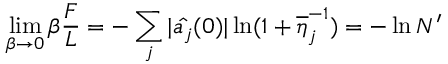
\operatorname * { l i m } _ { \beta \rightarrow 0 } \beta \frac { F } { L } = - \sum _ { j } | \hat { a _ { j } } ( 0 ) | \ln ( 1 + \overline { { { \eta } } } _ { j } ^ { - 1 } ) = - \ln N ^ { \prime }